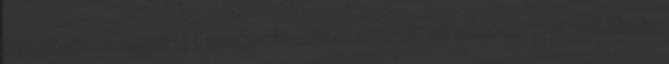
kezdődik. A kaszinó Facebook-oldala szerint az október 7-i nyitóbulin